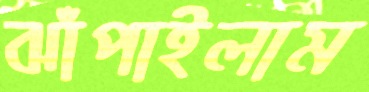
ঝাঁপাইলাম